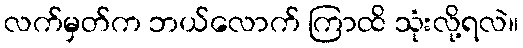
လက်မှတ်က ဘယ်လောက် ကြာထိ သုံးလို့ရလဲ။